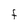
Character: F